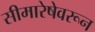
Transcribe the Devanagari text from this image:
सीमारेषेवरून